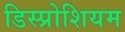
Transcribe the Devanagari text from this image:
डिस्प्रोशियम